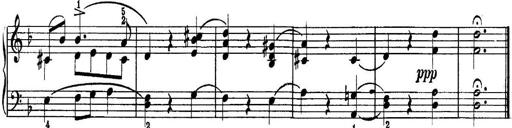
Title: Piano Sonatina No.1 in C major
Composer: Tadeusz Joteyko
Key: C major